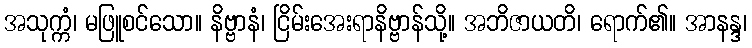
အသုက္ကံ၊ မဖြူစင်သော။ နိဗ္ဗာနံ၊ ငြိမ်းအေးရာနိဗ္ဗာန်သို့။ အဘိဇာယတိ၊ ရောက်၏။ အာနန္ဒ၊